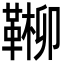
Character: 𩋶